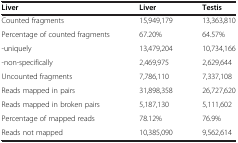
<table><thead><tr><td><b>Liver</b></td><td><b>Liver</b></td><td><b>Testis</b></td></tr></thead><tbody><tr><td>Counted fragments</td><td>15,949,179</td><td>13,363,810</td></tr><tr><td>Percentage of counted fragments</td><td>67.20%</td><td>64.57%</td></tr><tr><td>-uniquely</td><td>13,479,204</td><td>10,734,166</td></tr><tr><td>-non-specifically</td><td>2,469,975</td><td>2,629,644</td></tr><tr><td>Uncounted fragments</td><td>7,786,110</td><td>7,337,108</td></tr><tr><td>Reads mapped in pairs</td><td>31,898,358</td><td>26,727,620</td></tr><tr><td>Reads mapped in broken pairs</td><td>5,187,130</td><td>5,111,602</td></tr><tr><td>Percentage of mapped reads</td><td>78.12%</td><td>76.9%</td></tr><tr><td>Reads not mapped</td><td>10,385,090</td><td>9,562,614</td></tr></tbody></table>